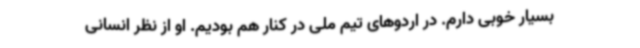
بسیار خوبی دارم. در اردوهای تیم ملی در کنار هم بودیم. او از نظر انسانی